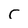
Character: C